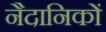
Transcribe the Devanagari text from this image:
नैदानिकों